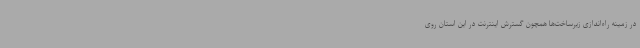
در زمینه راه‌اندازی زیرساخت‌ها همچون گسترش اینترنت در این استان روی